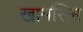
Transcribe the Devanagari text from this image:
खामसिन